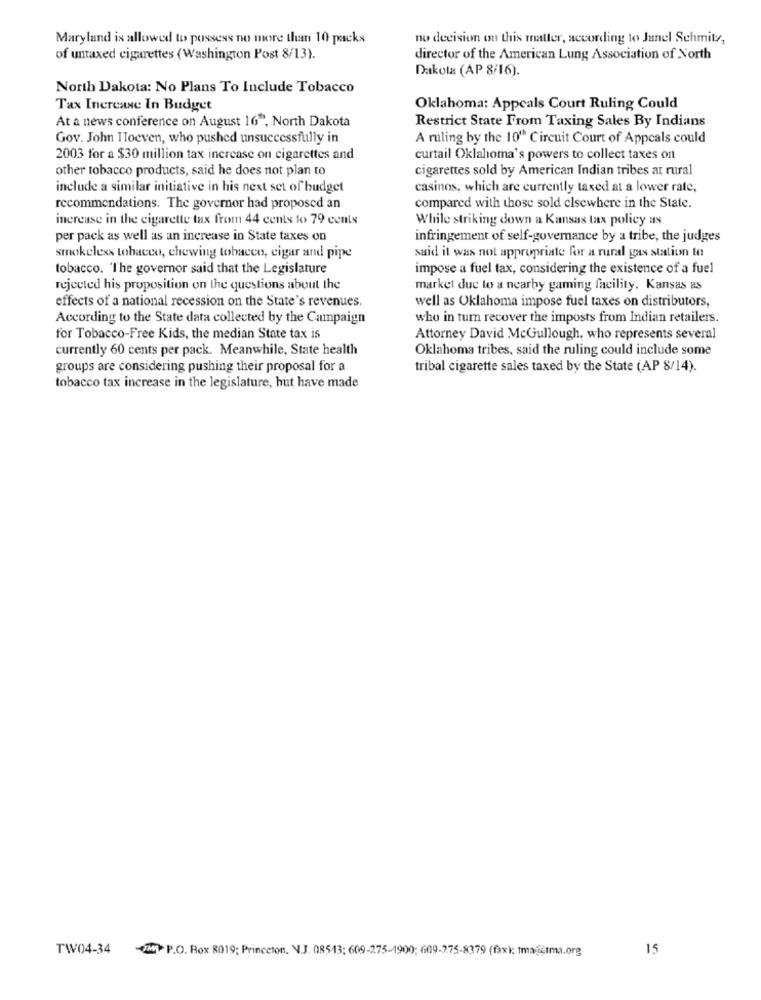
Maryland is allowed to possess no more than 10 packs
no decision on this matter, according to Janel Schmity,
of untaxed cigarettes (Washington Post 8/13).
director of the American Lung Association of North
Dakota (AP 8/16).
North Dakota: No Plans To Include Tobacco
Tax Increase In Budget
Oklahoma: Appeals Court Ruling Could
At a news conference on August 16", North Dakota
Restrict State From Taxing Sales By Indians
Gov. John TToeven, who pushed unsuccessfully in
A ruling by the 10" Circuit Court of Appeals could
2003 for a $30 million tax increase on cigarettes and
curtail Oklahoma's powers to collect taxes on
other tobacco products, said he does not plan to
cigarettes sold by American Indian tribes at rural
include a similar initiative in his next set of budget
casinos, which are currently taxed at a lower rate,
recommendations. The governor had proposed an
compared with those sold elsewhere in the State.
increase in the cigarette tax from 44 cents to 79 cents
While striking down a Kansas tax policy as
per pack as well as an increase in State taxes on
infringement of self-governance by a tribe, the judges
smokeless tobacco, chewing tobacco, cigar and pipe
said it was not appropriate for a rural gas station to
tobacco. 'The governor said that the Legislature
impose a fuel tax, considering the existence of a fuel
rejected his proposition on the questions about the
markel due to a nearby gaming facility. Kansas as
effects of a national recession on the State's revenues.
well as Oklahoma impose fuel taxes on distributors,
According to the State data collected by the Campaign
who in tum recover the imposts from Indian retailers.
for Tobacco-Free Kids, the median State tax is
Attorney David McGullough, who represents several
currently 60 cents per pack. Meanwhile, State health
Oklahoma tribes, said the ruling could include some
groups are considering pushing their proposal for a
tribal cigarette sales taxed by the State (AP 8/14).
tobacco tax increase in the legislature, but have made
TW04-34
-UM P.O. Box 8019; Princeton, N.J. 08543; 609-275-1900; 609-275-8379 (faxk tma-@tma.org
15